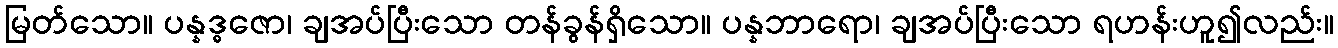
မြတ်သော။ ပန္နဒ္ဓဇော၊ ချအပ်ပြီးသော တန်ခွန်ရှိသော။ ပန္နဘာရော၊ ချအပ်ပြီးသော ရဟန်းဟူ၍လည်း။